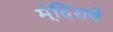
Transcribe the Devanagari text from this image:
म्ंदिराचे